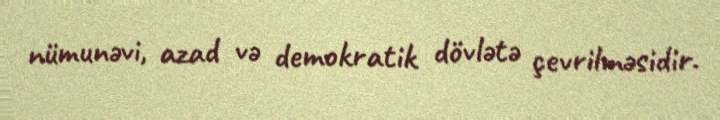
nümunəvi, azad və demokratik dövlətə çevrilməsidir.